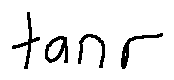
\tan r